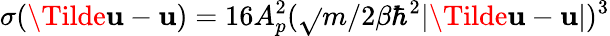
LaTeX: \sigma(\Tilde{\mathbf{u}}-\mathbf{u})=16A_{p}^{2}(\sqrt{}{{m/2\beta\hbar^{2}}}|\Tilde{\mathbf{u}}-\mathbf{u}|)^{3}